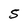
Character: S